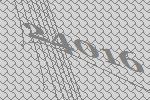
24016